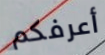
أعرفكم